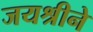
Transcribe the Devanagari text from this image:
जयश्रीने